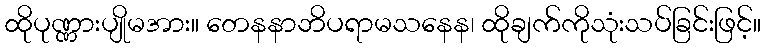
ထိုပုဏ္ဏားပျိုမအား။ တေနနာဘိပရာမသနေန၊ ထိုချက်ကိုသုံးသပ်ခြင်းဖြင့်။